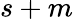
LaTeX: s+m